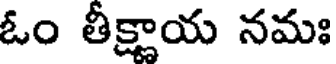
ఓం తీక్షాయ నమః